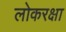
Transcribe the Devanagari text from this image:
लोकरक्षा